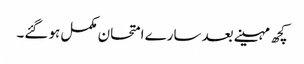
کچھ مہینے بعد سارے امتحان مکمل ہو گئے۔